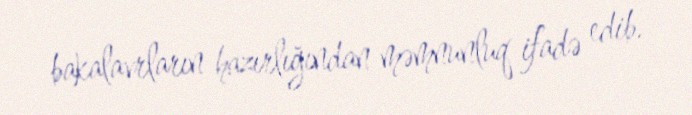
bakalavrların hazırlığından məmnunluq ifadə edib.